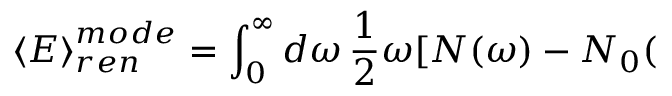
\left< E \right> _ { r e n } ^ { m o d e } = \int _ { 0 } ^ { \infty } d \omega \, \frac { 1 } { 2 } \omega [ N ( \omega ) - N _ { 0 } (